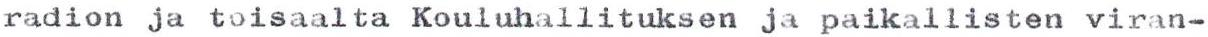
radion ja toisaalta Kouluhallituksen ja paikallisten viran-